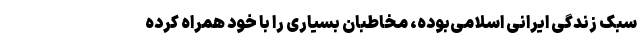
سبک زندگی ایرانی اسلامی‌بوده، مخاطبان بسیاری را با خود همراه کرده